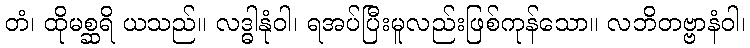
တံ၊ ထိုမစ္ဆရိ ယသည်။ လဒ္ဓါနုံဝါ၊ ရအပ်ပြီးမူလည်းဖြစ်ကုန်သော။ လဘိတဗ္ဗာနံဝါ၊